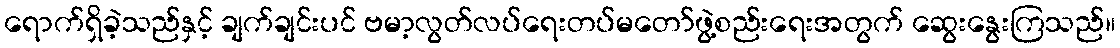
ရောက်ရှိခဲ့သည်နှင့် ချက်ချင်းပင် ဗမာ့လွတ်လပ်ရေးတပ်မတော်ဖွဲ့စည်းရေးအတွက် ဆွေးနွေးကြသည်။